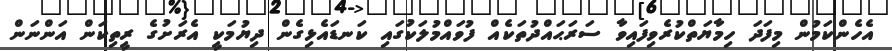
އެހެންކަމުން މިފަދަ ހިމާޔަތްކުރެވިފައިވާ ސަރަޙައްދުތަކެއް ފުވައްމުލަކުގައި ކަނޑައެޅިގެން ދިޔުމަކީ އެރަށުގެ ރީތިކަން އަންނަން